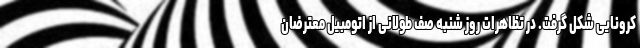
کرونایی شکل گرفت. در تظاهرات روز شنبه صف طولانی از اتومبیل‌ معترضان